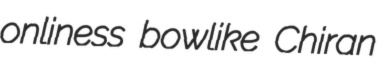
onliness bowlike Chiran